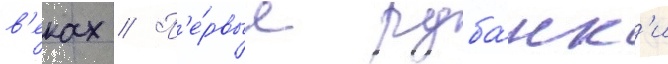
в'еках // П'е́рвые руба́нк'и